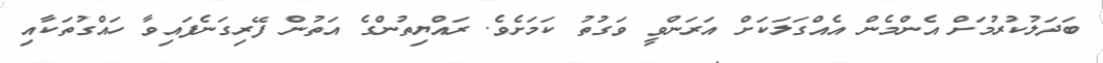
ބަދަލުކުރުމަށް އެންމެން އެއްގަލަކަށް އަރަންވީ ވަގުތު ކަމަށެވެ. ރައްޔިތުންގެ އަތުން ފޭރިގަނެފައިވާ ހައްގުތަކާއި